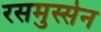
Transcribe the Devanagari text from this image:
रसमुस्सेन